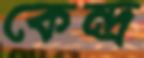
কেন্দ্র